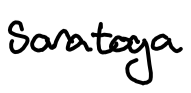
Text: Saratoga
Cross-out: clean
Writing tool: digital_black